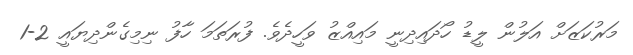
މަރުކަޒަށް އަލުން ލީޑު ހޯދައިދިނީ މައިއްޒު ވަހީދެވެ. ފުރަތަމަ ހާފު ނިމިގެންދިޔައީ 2-1